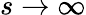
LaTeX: s\rightarrow\infty